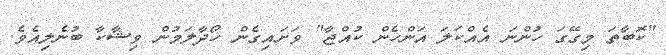
"ކޮބާތަ މިގޭގަ ހުންނަ އެއްކަލަ އަންހެން ކުއްޖާ" ވަށައިގެން ހޯދާލަމުން ވިޝާކާ ބުނެލިއެވެ.